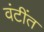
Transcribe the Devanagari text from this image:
वंटींत